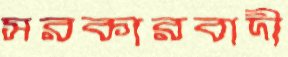
সরকারবাদী